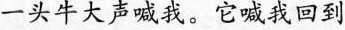
一头牛大声喊我。它喊我回到